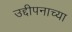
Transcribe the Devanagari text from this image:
उद्दीपनाच्या